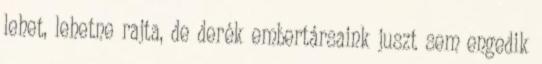
lehet, lehetne rajta, de derék embertársaink juszt sem engedik